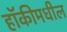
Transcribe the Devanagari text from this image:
हॉकीमधील